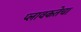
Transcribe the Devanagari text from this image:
प्लावकतेचा